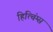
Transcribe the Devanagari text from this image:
हित्चिंग्स